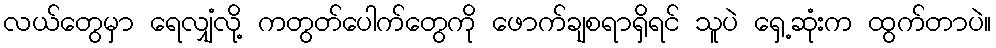
လယ်တွေမှာ ရေလျှံလို့ ကတွတ်ပေါက်တွေကို ဖောက်ချစရာရှိရင် သူပဲ ရှေ့ဆုံးက ထွက်တာပဲ။